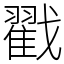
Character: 戳